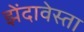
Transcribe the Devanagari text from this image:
झेंदावेस्ता